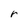
Character: r